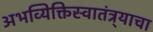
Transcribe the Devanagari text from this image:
अभव्यिक्तिस्वातंत्र्याचा